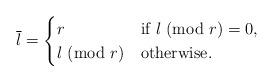
LaTeX: \begin{align*}\overline{l} = \begin{cases}r &\mbox{if}~l~({\rm mod}~r) = 0, \\l~({\rm mod}~r) &\mbox{otherwise}.\end{cases}\end{align*}